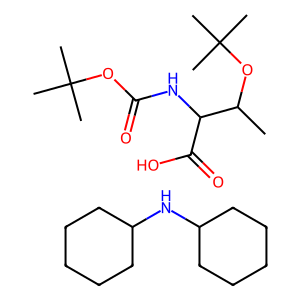
SMILES: C1CCC(NC2CCCCC2)CC1.CC(OC(C)(C)C)C(NC(=O)OC(C)(C)C)C(=O)O
Inhibits HIV replication: No